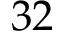
3 2